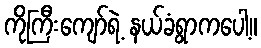
ကိုကြီးကျော်ရဲ့ နယ်ခံရွာကပေါ့။